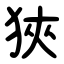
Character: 狹